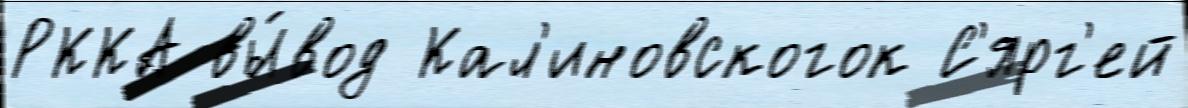
РККА вы́вод Кал'иновскогок С'ярг'ей